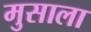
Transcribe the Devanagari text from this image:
मुसाला